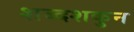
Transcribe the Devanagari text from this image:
शब्दशकुन